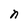
Character: n